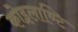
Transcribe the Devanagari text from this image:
कोइलाण्टि